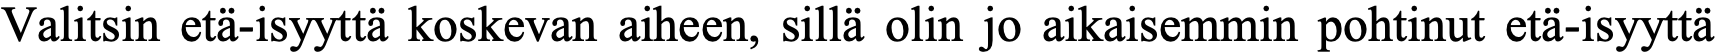
Valitsin etä-isyyttä koskevan aiheen, sillä olin jo aikaisemmin pohtinut etä-isyyttä